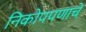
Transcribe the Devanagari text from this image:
निकोपपणाचे